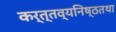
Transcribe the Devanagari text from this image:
कर्त्तव्यनिष्ठतथा